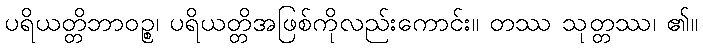
ပရိယတ္တိဘာဝဉ္စ၊ ပရိယတ္တိအဖြစ်ကိုလည်းကောင်း။ တဿ သုတ္တဿ၊ ၏။